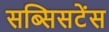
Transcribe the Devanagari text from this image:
सब्सिसटेंस